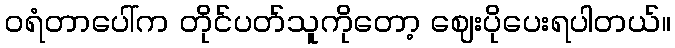
ဝရံတာပေါ်က တိုင်ပတ်သူကိုတော့ ဈေးပိုပေးရပါတယ်။